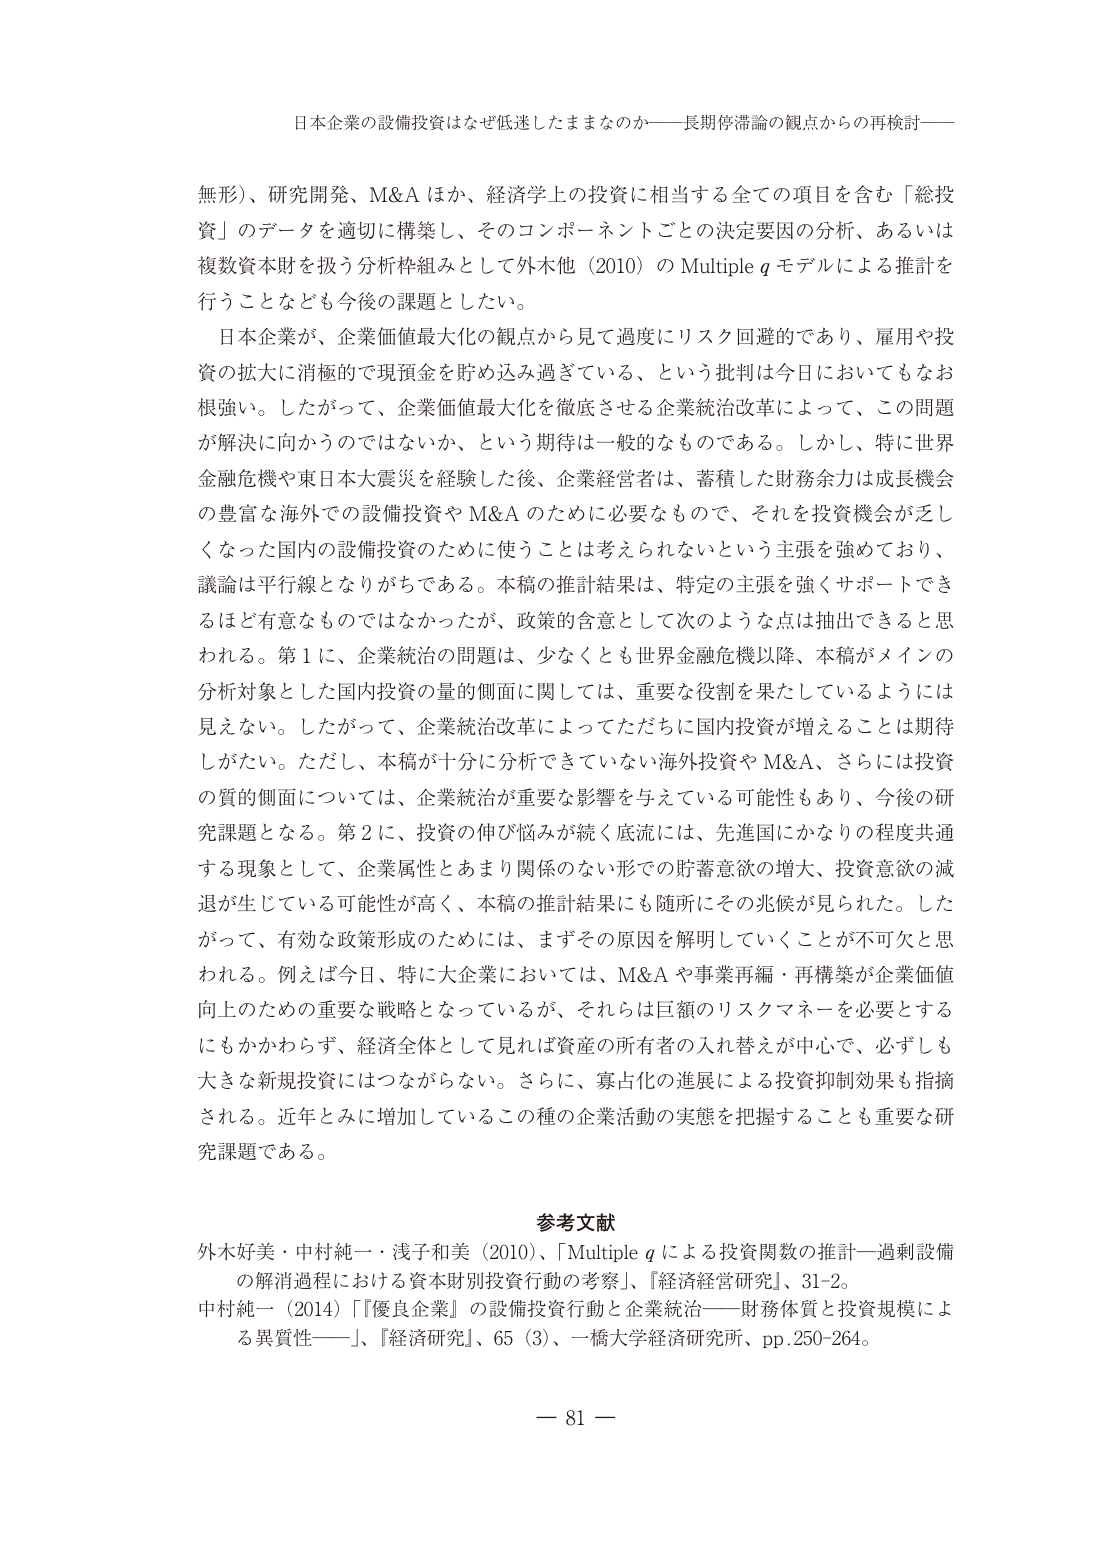
日本企業の設備投資はなぜ低迷したままなのか――長期停滞論の観点からの再検討――

無形）、研究開発、M&A はか、経済学上の投資に相当する全ての項目を含む「総投資」のデータを適切に構築し、そのコンポーネントごとの決定要因の分析、あるいは複数資本材を扱う分析枠組みとして外木他（2010）の Multiple q モデルによる推計を行うことなども今後の課題としたい。

日本企業が、企業価値最大化の観点から見て過度にリスク回避的であり、雇用や投資の拡大に消極的で現預金を貯め込み過ぎている、という批判は今日においてもなお根強い。したがって、企業価値最大化を徹底させる企業統治改革によって、この問題が解決に向かうのではないか、という期待は一般的なものである。しかし、特に世界金融危機や東日本大震災を経験した後、企業経営者は、蓄積した財務余力は成長機会の豊富な海外での設備投資や M&A のために必要なもので、それを投資機会が乏しくなった国内の設備投資のために使うことは考えられないという主張を強めており、議論は平行線となりがちである。本稿の推計結果は、特定の主張を強くサポートできるほど有意なものではなかったが、政策的含意として次のような点は抽出できると思われる。第1に、企業統治の問題は、少なくとも世界金融危機以降、本稿がメインの分析対象とした国内投資の量的側面に関しては、重要な役割を果たしているようには見えない。したがって、企業統治改革によってただちに国内投資が増えることは期待しがたい。ただし、本稿が十分に分析できていない海外投資や M&A、さらには投資の質的側面については、企業統治が重要な影響を与えている可能性もあり、今後の研究課題となる。第2に、投資の伸び悩みが続く底流には、先進国にかなりの程度共通する現象として、企業属性とあまり関係のない形での貯蓄意欲の増大、投資意欲の減退が生じている可能性が高く、本稿の推計結果にも随所にその兆候が見られた。したがって、有効な政策形成のためには、まずその原因を解明していくことが不可欠と思われる。例えば今日、特に大企業においては、M&A や事業再編・再構築が企業価値向上のための重要な戦略となっているが、それらは巨額のリスクマネーを必要とするにもかかわらず、経済全体として見れば資産の所有者の入れ替えが中心で、必ずしも大きな新規投資にはつながらない。さらに、寡占化の進展による投資抑制効果も指摘される。近年とみに増加しているこの種の企業活動の実態を把握することも重要な研究課題である。

参考文献

外木好美・中村純一・浅子和美（2010）、「Multiple q による投資関数の推計―過剰設備の解消過程における資本財別投資行動の考察」、『経済経営研究』、31-2。

中村純一（2014）「『優良企業』の設備投資行動と企業統治――財務体質と投資規模による異質性――」、『経済研究』、65（3）、一橋大学経済研究所、pp.250-264。

― 81 ―